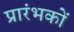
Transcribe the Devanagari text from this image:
प्रारंभकों